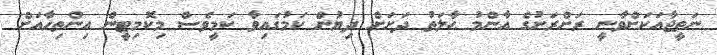
ނަތީޖާއަކަށްވާނީ ރަށްރަށުގެ އާންމު ޙާލަތު ދަށަށް ދިޔުން ކަމުގައިވާ ކަމީވެސް މިކޮމިޓީން އިންތިހާއަށް